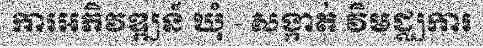
ការអភិវឌ្ឍន៍ ឃុំ - សង្កាត់ វិមជ្ឈការ